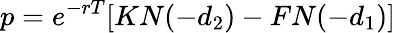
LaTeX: p=e^{-rT}[KN(-d_{2})-FN(-d_{1})]